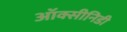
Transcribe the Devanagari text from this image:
ऑक्सीनिडी